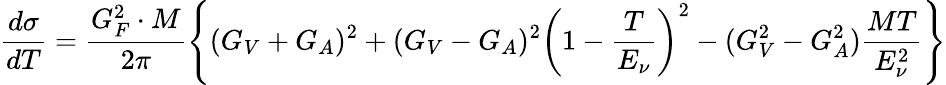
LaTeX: \frac{d\sigma}{dT}=\frac{G_{F}^{2}\cdot M}{2\pi}\left\{ (G_{V}+G_{A})^{2}+(G_{V}-G_{A})^{2}\left(1-\frac{T}{E_{\nu}}\right)^{2}-(G_{V}^{2}-G_{A}^{2})\frac{MT}{E_{\nu}^{2}}\right\}